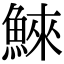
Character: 鯠